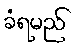
ခံရမည်